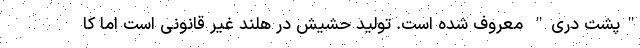
"پشت دری" معروف شده است. تولید حشیش در هلند غیر قانونی است اما کا